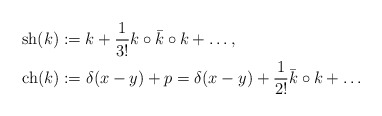
\begin{align*}&\mathrm{sh}(k):=k+\frac{1}{3!}k\circ\bar k\circ k+\dots,\\&\mathrm{ch}(k):=\delta(x-y)+p=\delta(x-y)+\frac{1}{2!}\bar k\circ k+\dots\end{align*}